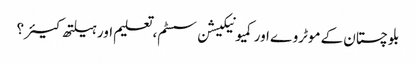
بلوچستان کے موٹروے اور کمیونیکیشن سسٹم، تعلیم اور ہیلتھ کیئر ؟